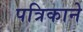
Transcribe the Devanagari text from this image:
पत्रिकाने